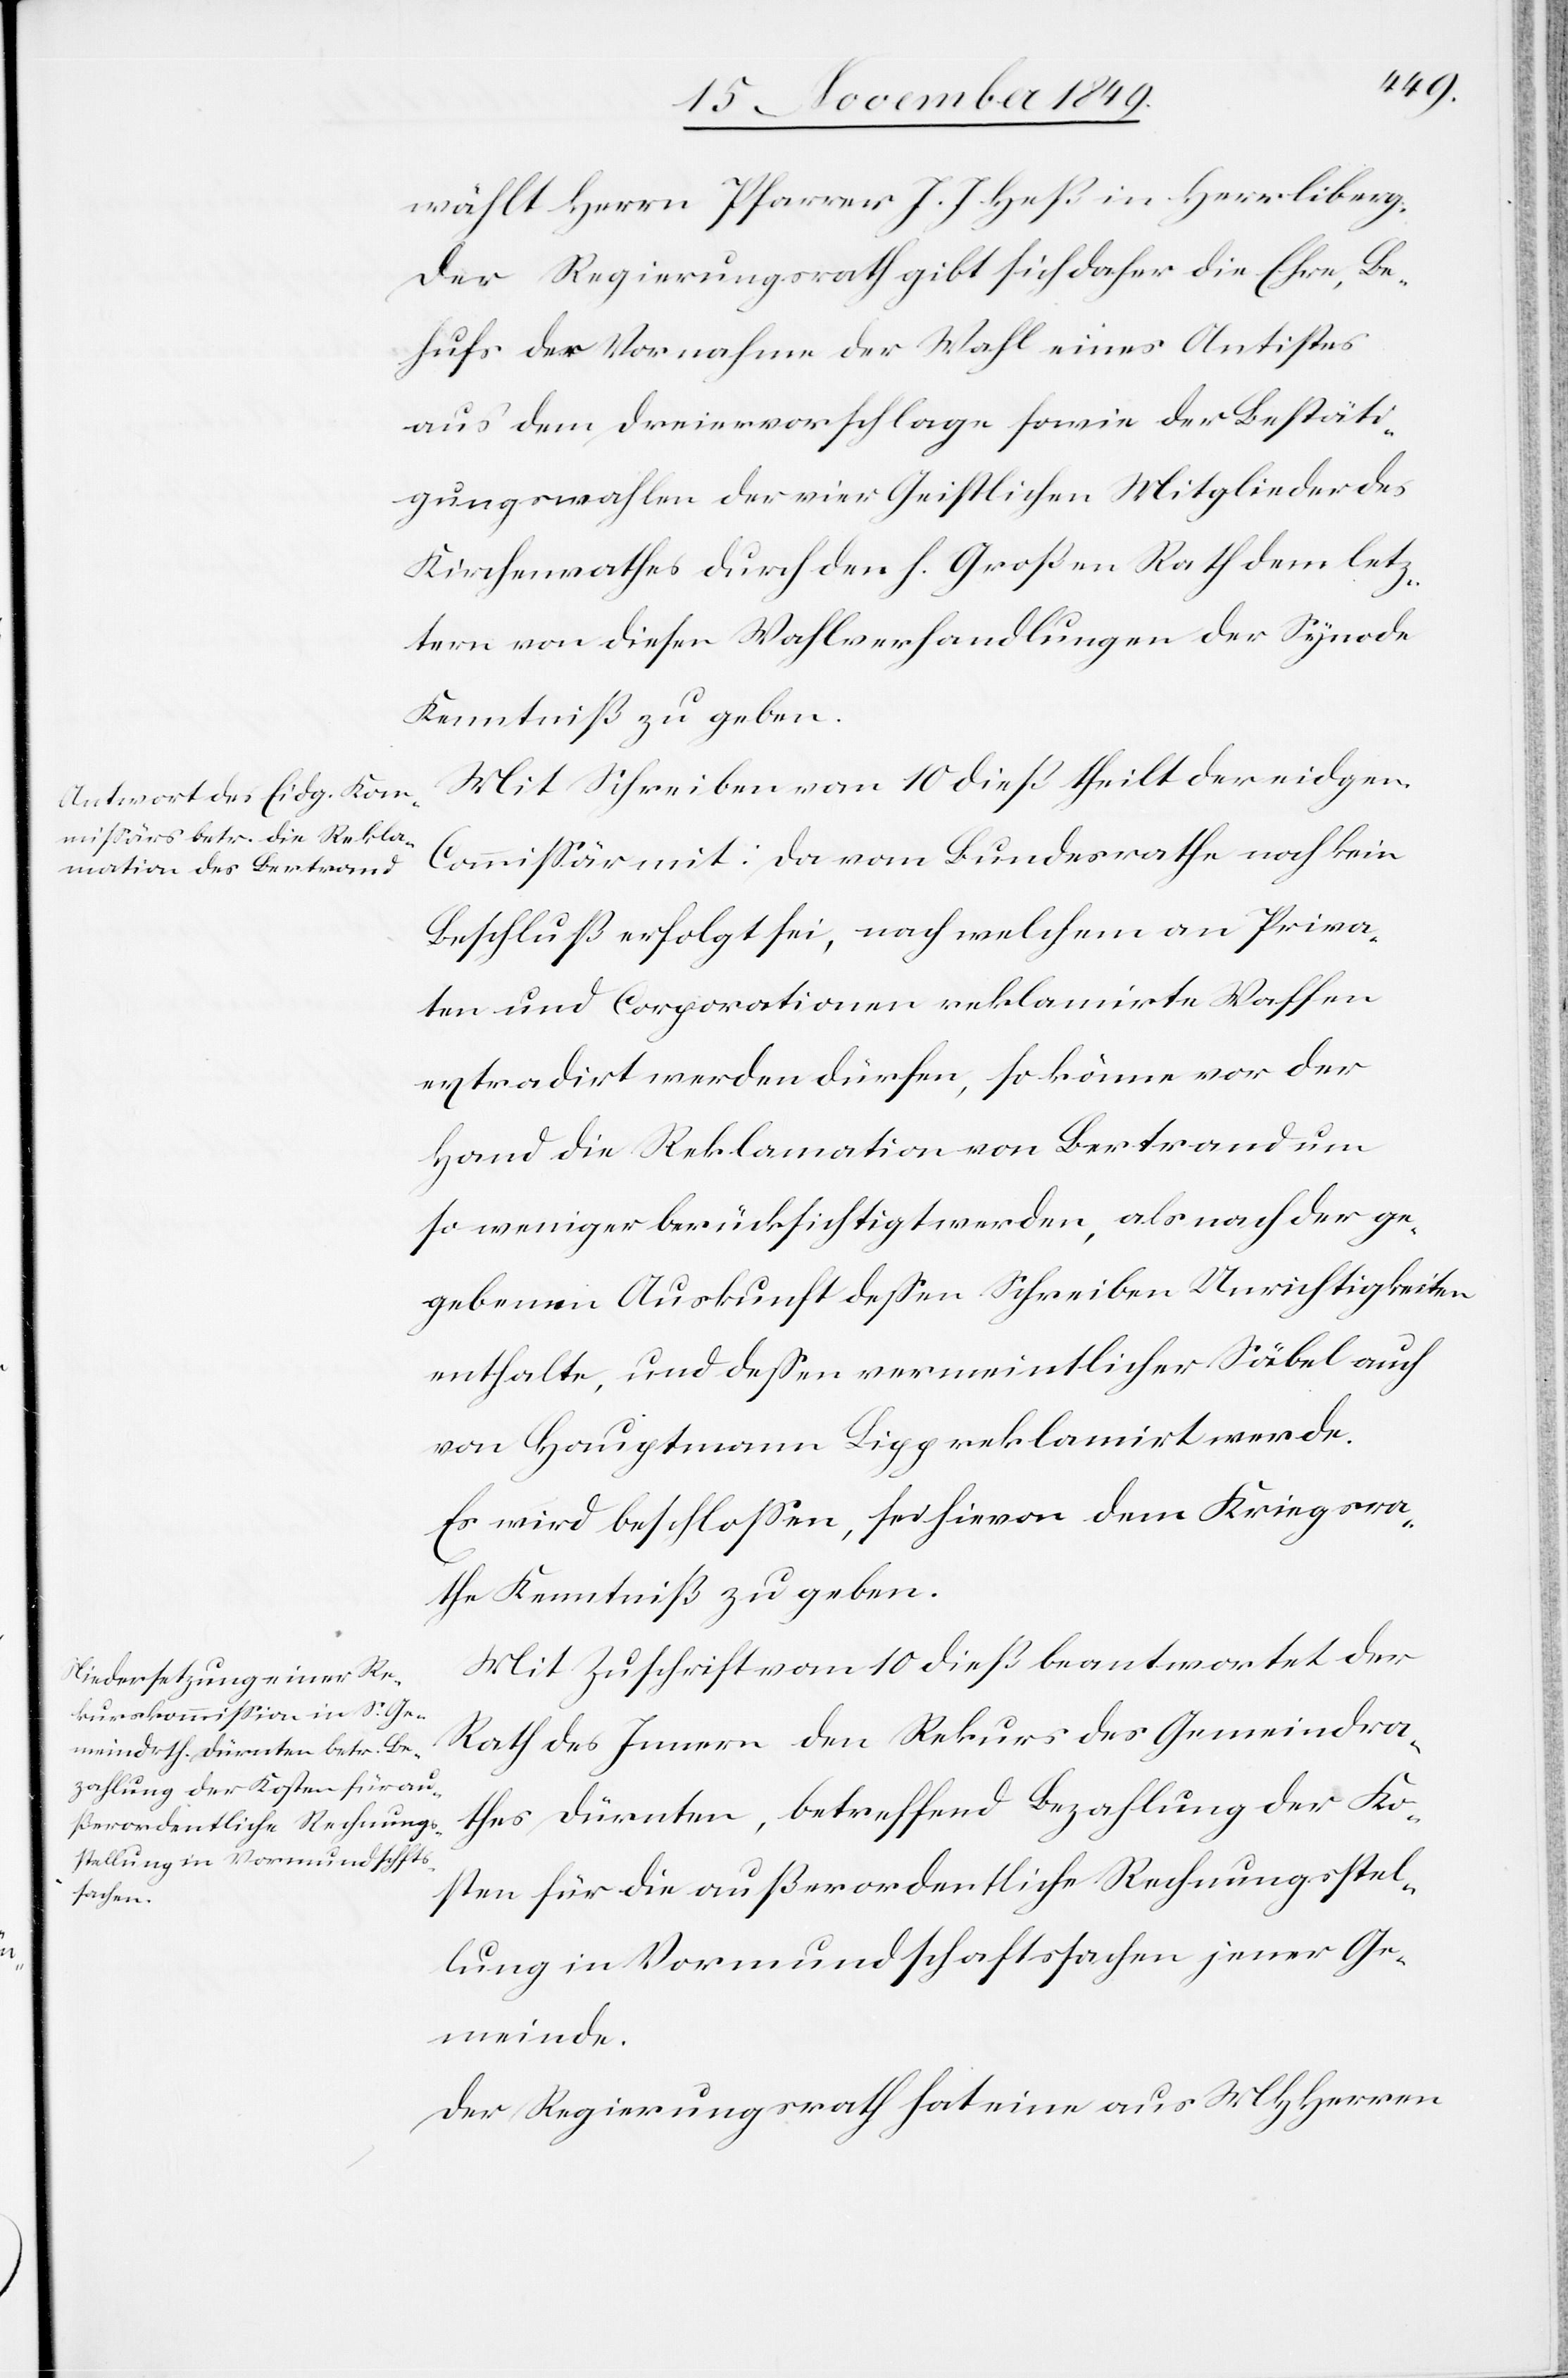
wählt Herrn Pfarrer J. J. Heß in Herrliberg.
Der Regierungsrath gibt sich daher die Ehre, be¬
hufs der Vornahme der Wahl eines Antistes
aus dem Dreiervorschlage sowie der Bestäti¬
gungswahlen der vier Geistlichen Mitglieder des
Kirchenrathes durch den h. Großen Rath dem letz¬
tern von diesen Wahlverhandlungen der Synode
Kenntniß zu geben.
Mit Schreiben vom 10 dieß theilt der eidgen.
Commißär mit: Da vom Bundesrathe noch kein
Beschluß erfolgt sei, nach welchem an Priva¬
ten und Corporationen reklamirte Waffen
extradirt werden dürfen, so könne vor der
Hand die Reklamation von Bertrand um
so weniger berücksichtigt werden, als nach der ge¬
gebenen Auskunft deßen Schreiben Unrichtigkeiten
enthalte, und deßen vermeintlicher Säbel auch
von Hauptmann Lipp reklamirt werde.
Es wird beschloßen, sei hievon dem Kriegsra¬
the Kenntniß zu geben.
Mit Zuschrift vom 10 dieß beantwortet der
Rath des Innern den Rekurs des Gemeindra¬
thes Dürnten, betreffend Bezahlung der Ko¬
sten für die außerordentliche Rechnungsstel¬
lung in Vormundschaftssachen jener Ge¬
meinde.
Der Regierungsrath hat eine aus MHHerrn